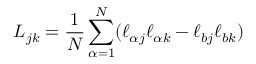
L _ { j k } = \frac { 1 } { N } \sum _ { \alpha = 1 } ^ { N } ( \ell _ { \alpha j } \ell _ { \alpha k } - \ell _ { b j } \ell _ { b k } )